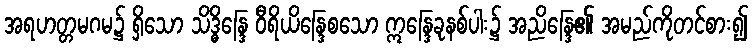
အရဟတ္တမဂမ၌ ရှိသော သိဒ္ဓိန္ဒြေ ဝီရိယိန္ဒြေစသော ဣန္ဒြေခုနစ်ပါး၌ အညိန္ဒြေ၏ အမည်ကိုတင်စား၍